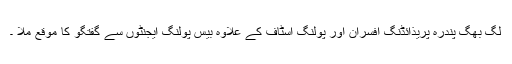
لگ بھگ پندرہ پریذائڈنگ افسران اور پولنگ اسٹاف کے علاوہ بیس پولنگ ایجنٹوں سے گفتگو کا موقع ملا ۔